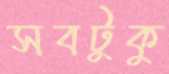
সবটুকু